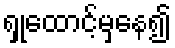
ရှုထောင့်မှနေ၍